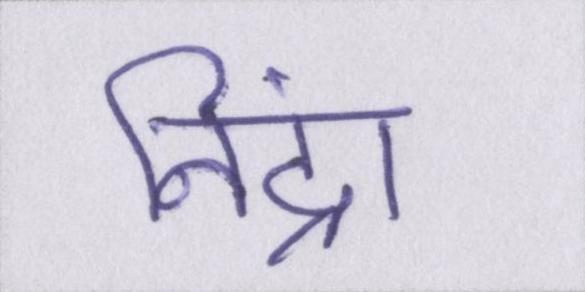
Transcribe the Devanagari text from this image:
निंद्रा